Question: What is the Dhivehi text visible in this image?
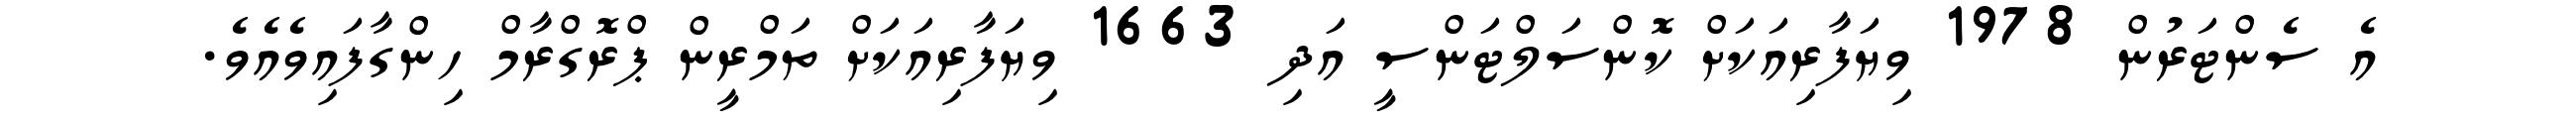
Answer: އެ ސެންޓަރުން 1978 ވިޔަފާރިއަކަށް ކޮންސަލްޓަންސީ އަދި 1663 ވިޔަފާރިއަކަށް ތަމްރީން ޕްރޮގްރާމް ހިންގާފައިވެއެވެ.